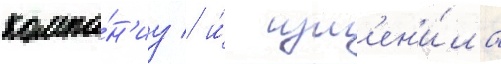
компа́н'иу / и́ изм'ен'и́ла